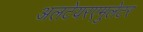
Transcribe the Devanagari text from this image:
अलटेयरएमुलेटर